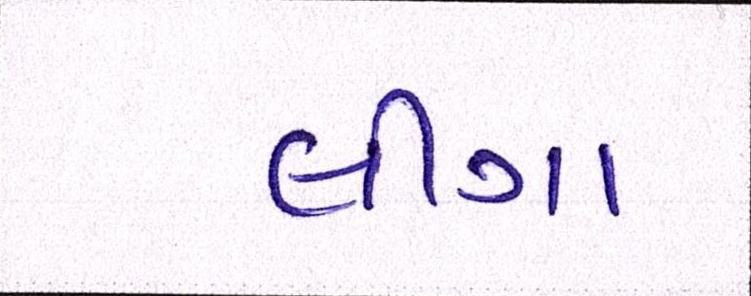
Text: લીગા